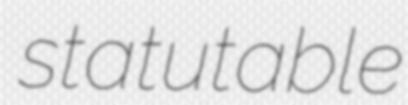
statutable